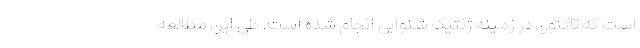
است که تاکنون در زمینه ژنتیک شنوایی انجام شده است. طی این مطالعه